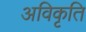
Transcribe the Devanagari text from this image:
अविकृति